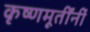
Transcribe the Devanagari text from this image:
कृष्णमूर्तींनीं